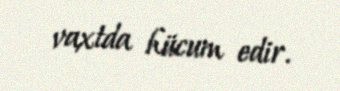
vaxtda hücum edir.